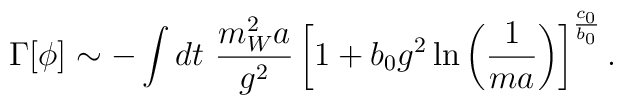
\Gamma[\phi] \sim -\int dt\ \frac{m_W^2a}{g^2}		\left[1+b_0g^2\ln\left(\frac{1}{ma}\right		)\right]^\frac{c_0}{b_0}.